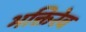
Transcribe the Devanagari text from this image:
भक्तिरेव